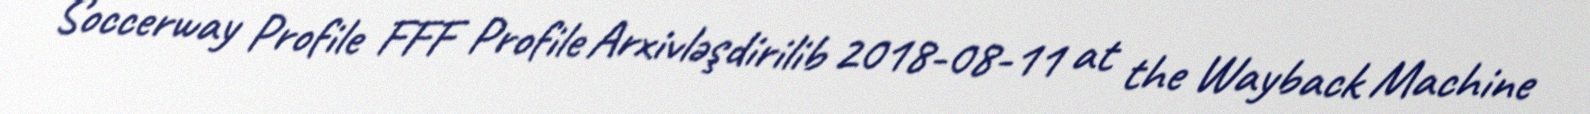
Soccerway Profile FFF Profile Arxivləşdirilib 2018-08-11 at the Wayback Machine